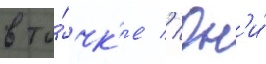
в то́чк'е // Он'и́